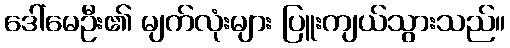
ဒေါ်မေဦး၏ မျက်လုံးများ ပြူးကျယ်သွားသည်။